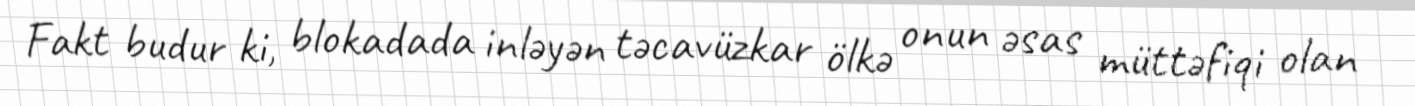
Fakt budur ki, blokadada inləyən təcavüzkar ölkə onun əsas müttəfiqi olan